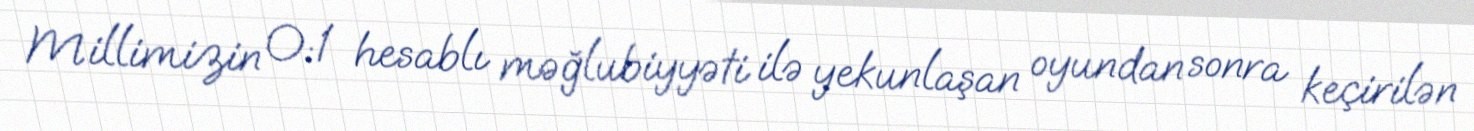
Millimizin 0:1 hesablı məğlubiyyəti ilə yekunlaşan oyundan sonra keçirilən